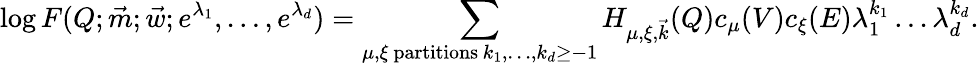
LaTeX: \log F(Q;\vec{m};\vec{w};e^{\lambda_{1}},\dots,e^{\lambda_{d}})=\sum_{\substack{\mu,\xi\mathrm{~partitions}\, k_{1},\dots,k_{d}\geq-1}}H_{\mu,\xi,\vec{k}}(Q)c_{\mu}(V)c_{\xi}(E)\lambda_{1}^{k_{1}}\dots\lambda_{d}^{k_{d}}.